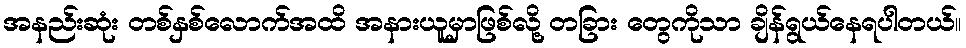
အနည်းဆုံး တစ်နှစ်လောက်အထိ အနားယူမှာဖြစ်လို့ တခြား တွေကိုသာ ချိန်ရွယ်နေရပါတယ်။